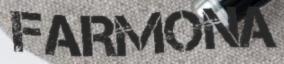
FARMONA